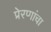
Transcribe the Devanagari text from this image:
प्रेरणांचा